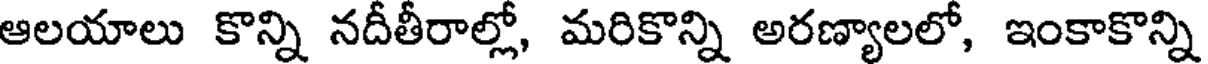
ఆలయాలు కొన్ని నదీతీరాల్లో, మరికొన్ని అరణ్యాలలో, ఇంకాకొన్ని